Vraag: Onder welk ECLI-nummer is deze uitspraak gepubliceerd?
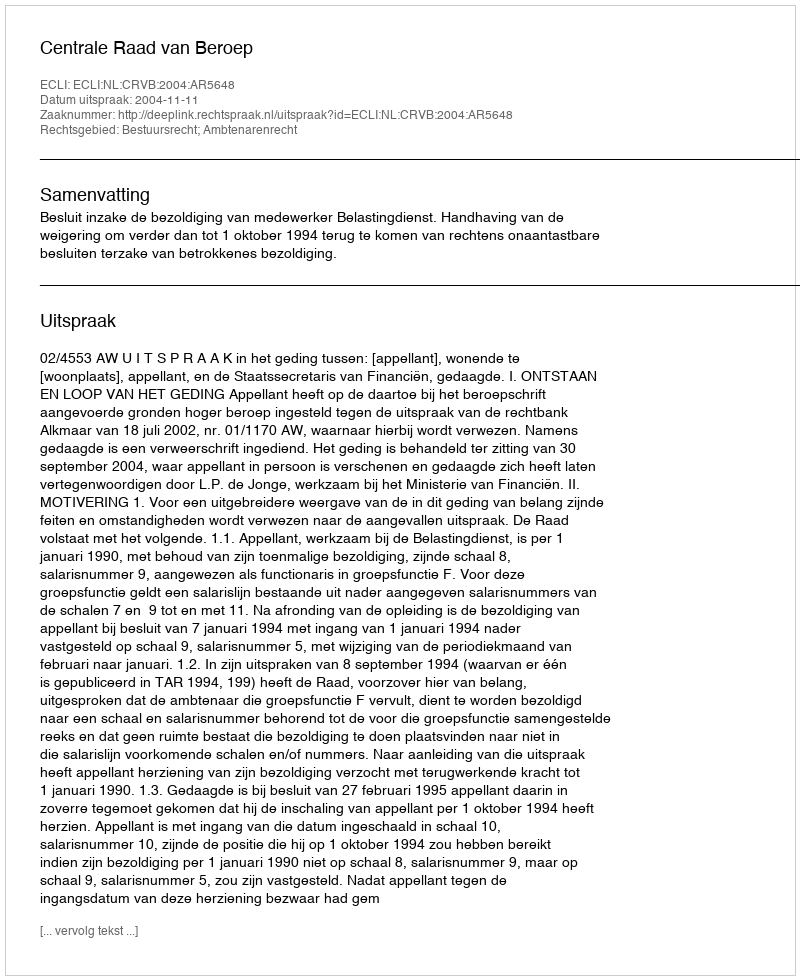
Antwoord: ECLI:NL:CRVB:2004:AR5648